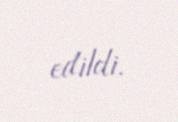
edildi.